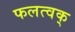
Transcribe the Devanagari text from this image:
फलत्वक्‌